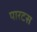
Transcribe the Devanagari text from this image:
पारटस